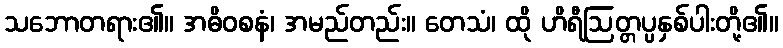
သဘောတရား၏။ အဓိဝစနံ၊ အမည်တည်း။ တေသံ၊ ထို ဟိရီဩတ္တပ္ပနှစ်ပါးတို့၏။